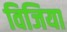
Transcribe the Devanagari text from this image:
विजिया